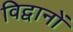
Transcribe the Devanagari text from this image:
विद्वानों